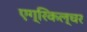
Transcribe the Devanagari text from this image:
एग्रिकल्चर